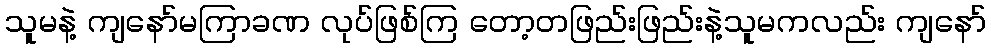
သူမနဲ့ ကျနော်မကြာခဏ လုပ်ဖြစ်ကြ တော့တဖြည်းဖြည်းနဲ့သူမကလည်း ကျနော်